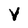
Character: V